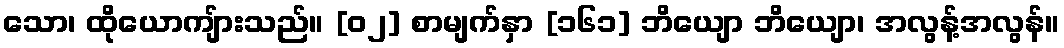
သော၊ ထိုယောကျ်ားသည်။ [၀၂] စာမျက်နှာ [၁၆၁] ဘိယျော ဘိယျော၊ အလွန့်အလွန်။